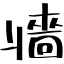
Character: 牆